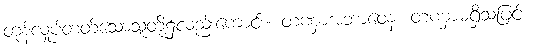
တုန်လှုပ်တတ်သောသူတို့၌လည်းကောင်း။ တဏှာအဘာဝေန၊ တဏှာမရှိသဖြင့်။